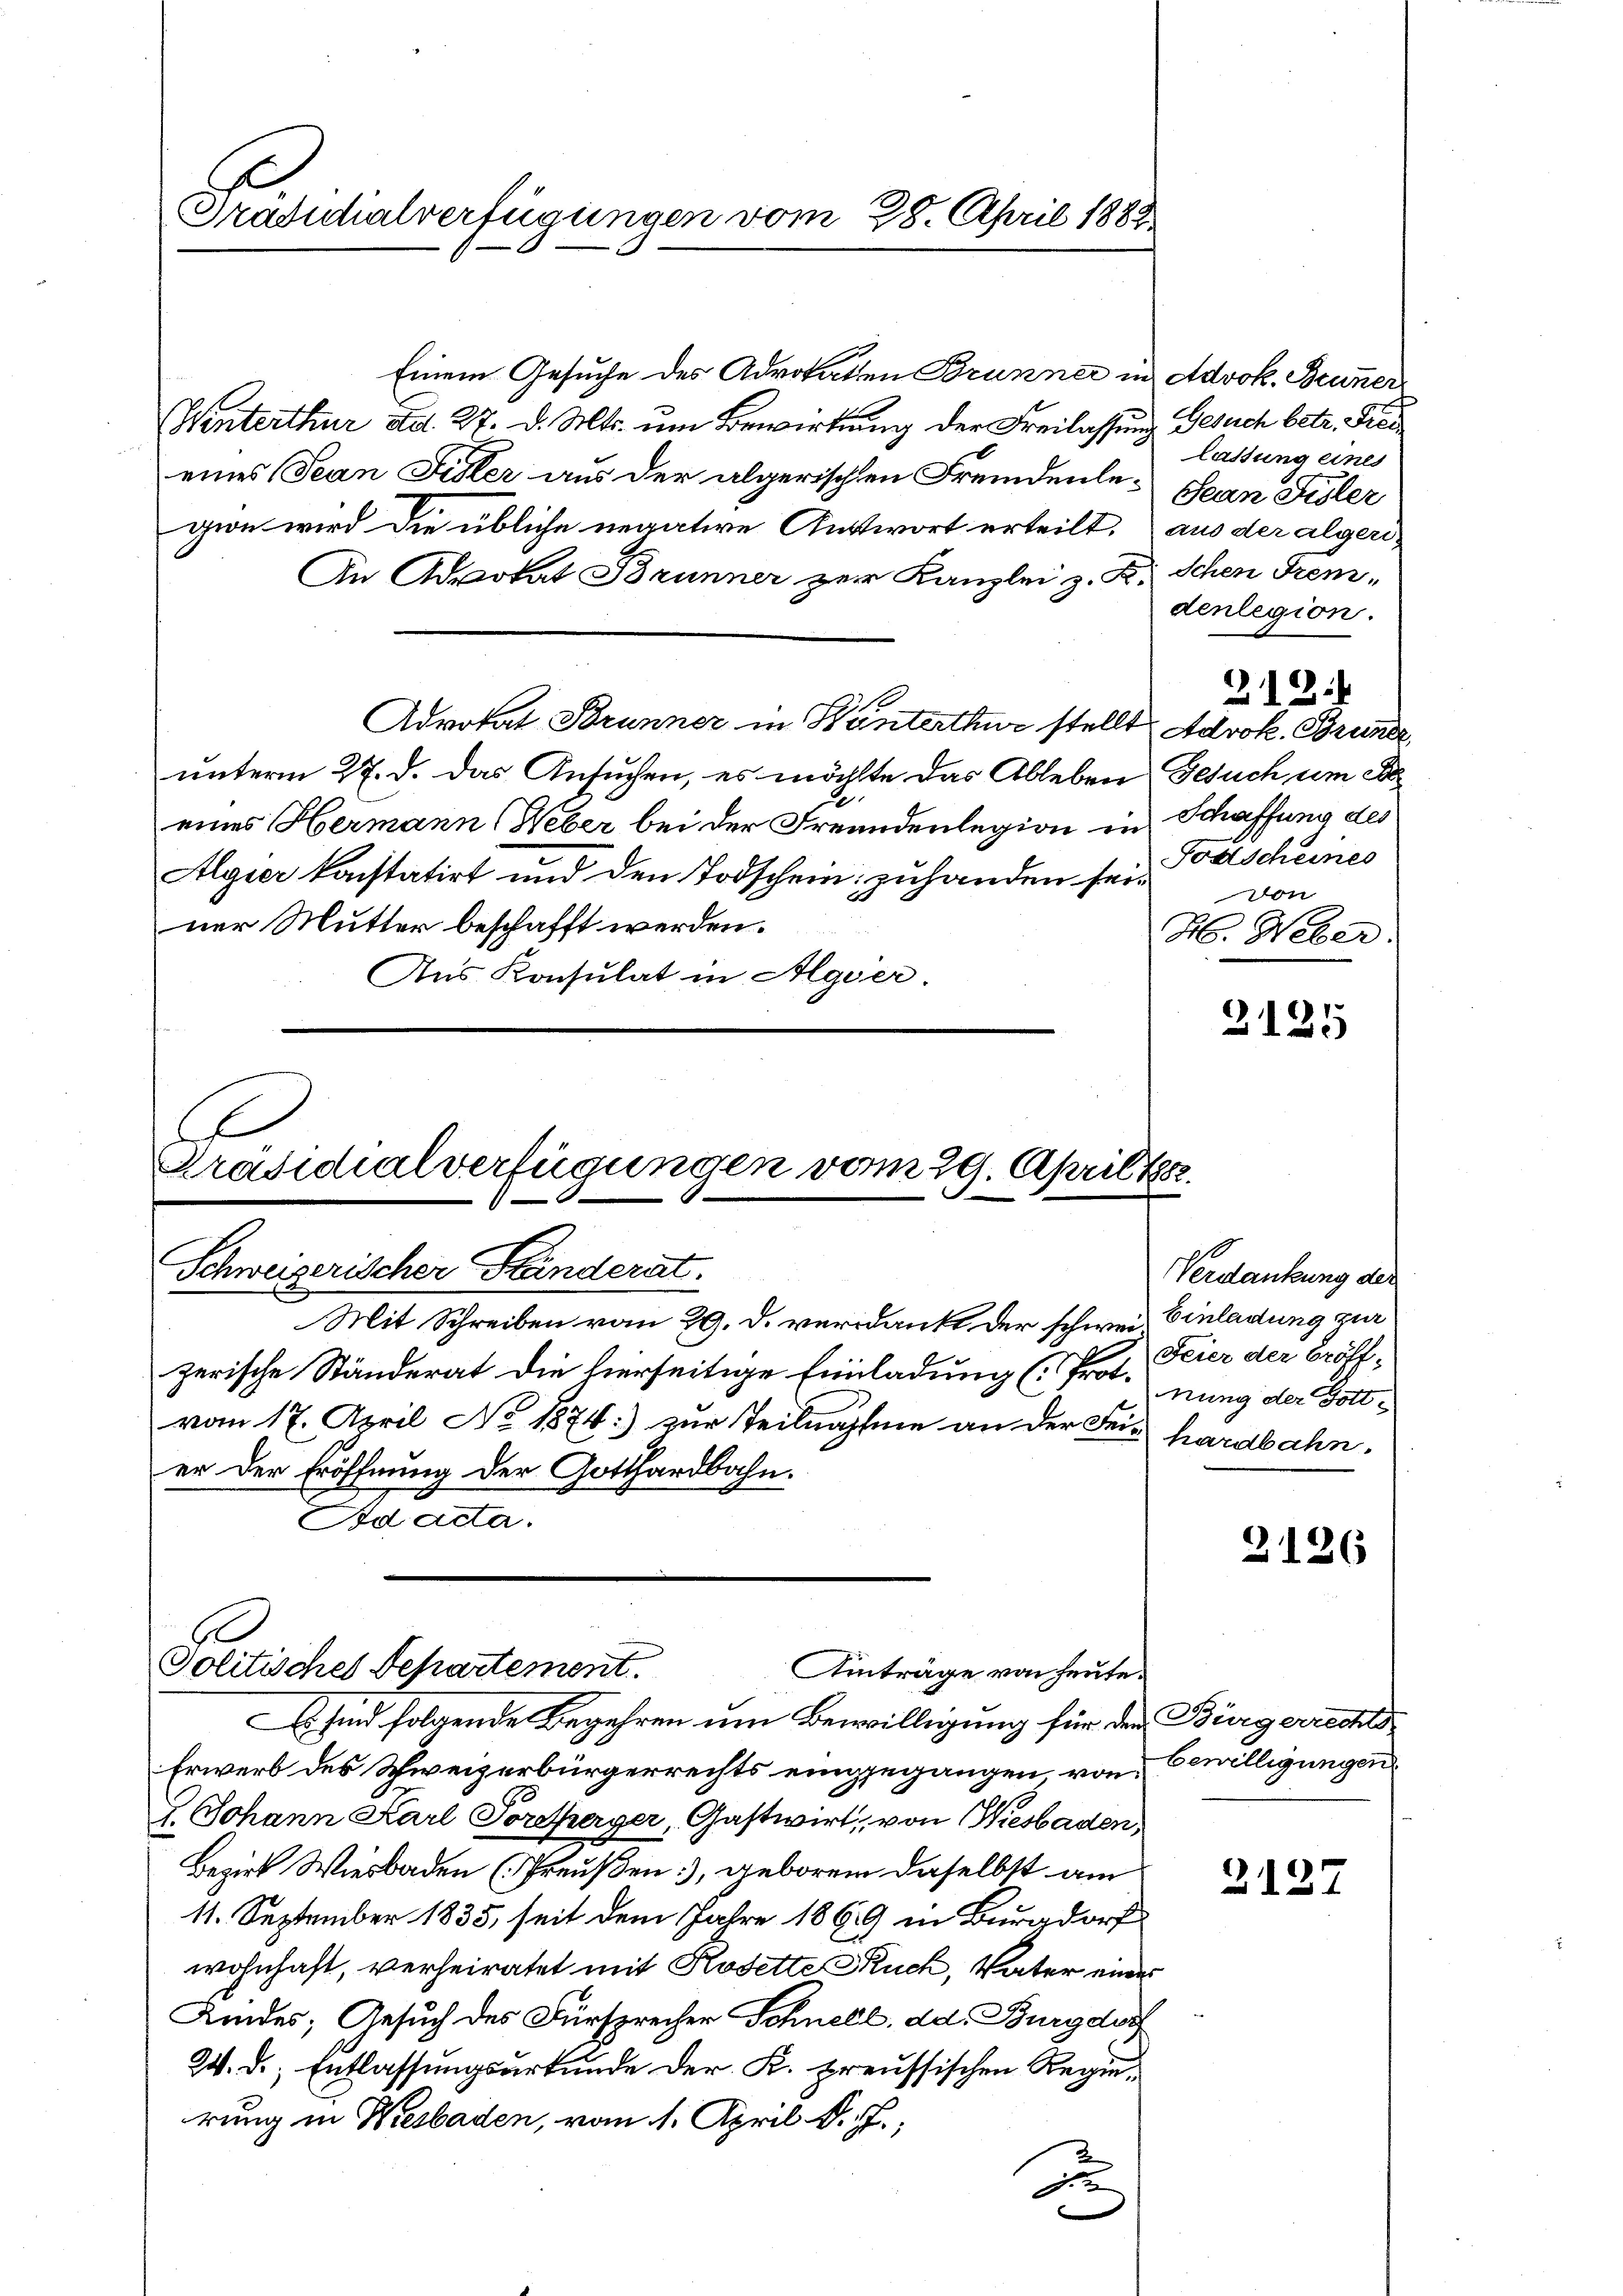
Präsidialverfügungen vom 28. April 1882.

Einem Gesuche des Advokaten Brunner in Advok. Beuner
Wenterthur ad. 27. d. Mts. um Bewirkung der Freilassung Gesuch betr. Frei
eines Jean Fister aus der algerischen Fremdenle¬ Jean Füsler
gion wird die übliche negative Antwort erteilt, aus der algeri
An Advokat Brunner zur Kanzlei z. B. Schen Grem-
denlegion.
212:
Advokat Brunner in Hanterthur stellt Advok. Bruner,
unterm 27. d. das Ansuchen, es möchte das Ableben Gesuch um A
eines Hermann (Weber bei der Freundenlegion in Schaffung des
Todscheines
Algier konstatirt und den Todschein: zuhanden sein
ner Mutter beschafft werden.
H. Weber:
Aus Konsulat in Algier.
2125

A
Präsidialverfügungen vom 29. April 188.
Schweizerischer Händerat.

Mit Schreiben vom 29. d. verdankt der schweizerische Ständerat die hierseitige Einladung (Pronung der Gottvom 17. April No 1874:) zur Teilnahme an der Feinhardbahn.
er der Eröffnung der Gotthardbahn.
Ad acta.

Jolitisches Departement.
Aiträge von heute.

Es sind folgende Begehren um Bewilligung für den Bürgerrechts¬
Erwerb des Schweizerbürgerrechts eingegangen, von Bewilligungen
2. Johann Karl Torherger, Gastwirt, von Wiesbaden,
Bezirk Wiesbaden (Preußen), geboren daselbst am
11. September 1835, seit dem Jahre 1869 in Burgdorf
wohnhaft, verheiratet mit Kosette Kuch, Vater einer
Kindes; Gesuch des Fürsprecher Schnell dd. Burgdorf
W. d. Entlassungsurkunde der K. preussischen Regierung in Wiesbaden, vom 1. April d. J.,
a

lassung eines

Verdankung der
Einladung zur
Feier der Eröff¬

2126

2127